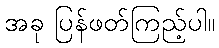
အခု ပြန်ဖတ်ကြည့်ပါ။